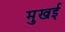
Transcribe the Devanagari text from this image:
मुखई